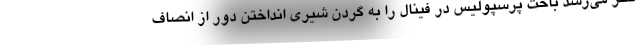
نظر می‌رسد باخت پرسپولیس در فینال را به گردن شیری انداختن دور از انصاف